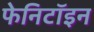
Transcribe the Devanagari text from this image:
फेनिटॉइन